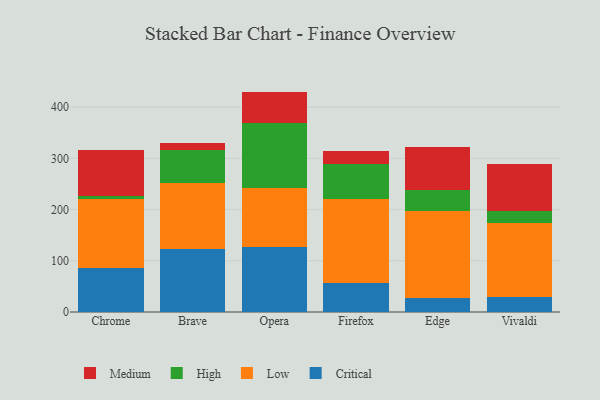
{"axis": {"x": "Browser", "y": "Backlog"}, "legend": ["Critical", "High", "Low", "Medium"], "data": [{"x": "Chrome", "y": 85.5, "type": "Critical"}, {"x": "Chrome", "y": 134.5, "type": "Low"}, {"x": "Chrome", "y": 7.3, "type": "High"}, {"x": "Chrome", "y": 88.2, "type": "Medium"}, {"x": "Brave", "y": 124.0, "type": "Critical"}, {"x": "Brave", "y": 127.2, "type": "Low"}, {"x": "Brave", "y": 64.5, "type": "High"}, {"x": "Brave", "y": 14.8, "type": "Medium"}, {"x": "Opera", "y": 126.7, "type": "Critical"}, {"x": "Opera", "y": 116.2, "type": "Low"}, {"x": "Opera", "y": 125.3, "type": "High"}, {"x": "Opera", "y": 62.2, "type": "Medium"}, {"x": "Firefox", "y": 55.9, "type": "Critical"}, {"x": "Firefox", "y": 164.9, "type": "Low"}, {"x": "Firefox", "y": 68.5, "type": "High"}, {"x": "Firefox", "y": 25.0, "type": "Medium"}, {"x": "Edge", "y": 27.4, "type": "Critical"}, {"x": "Edge", "y": 170.8, "type": "Low"}, {"x": "Edge", "y": 40.9, "type": "High"}, {"x": "Edge", "y": 83.0, "type": "Medium"}, {"x": "Vivaldi", "y": 29.4, "type": "Critical"}, {"x": "Vivaldi", "y": 143.6, "type": "Low"}, {"x": "Vivaldi", "y": 24.5, "type": "High"}, {"x": "Vivaldi", "y": 91.5, "type": "Medium"}]}